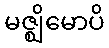
မဇ္ဈိမောပိ